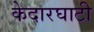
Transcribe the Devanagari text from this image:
केदारघाटी